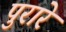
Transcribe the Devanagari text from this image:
पुरारे